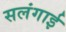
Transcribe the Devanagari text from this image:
सलंगाई